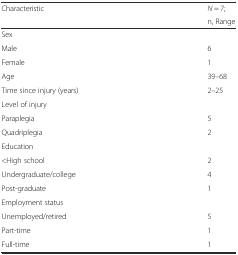
| <ROWSPAN=2> Characteristic | N = 7; |
 | n, Range |
 | --- | --- |
 | Sex |  |
 | Male | 6 |
 | Female | 1 |
 | Age | 39–68 |
 | Time since injury (years) | 2–25 |
 | Level of injury |  |
 | Paraplegia | 5 |
 | Quadriplegia | 2 |
 | Education |  |
 | <High school | 2 |
 | Undergraduate/college | 4 |
 | Post-graduate | 1 |
 | Employment status |  |
 | Unemployed/retired | 5 |
 | Part-time | 1 |
 | Full-time | 1 |